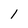
Character: 1